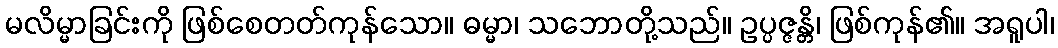
မလိမ္မာခြင်းကို ဖြစ်စေတတ်ကုန်သော။ ဓမ္မာ၊ သဘောတို့သည်။ ဥပ္ပဇ္ဇန္တိ၊ ဖြစ်ကုန်၏။ အရူပါ၊